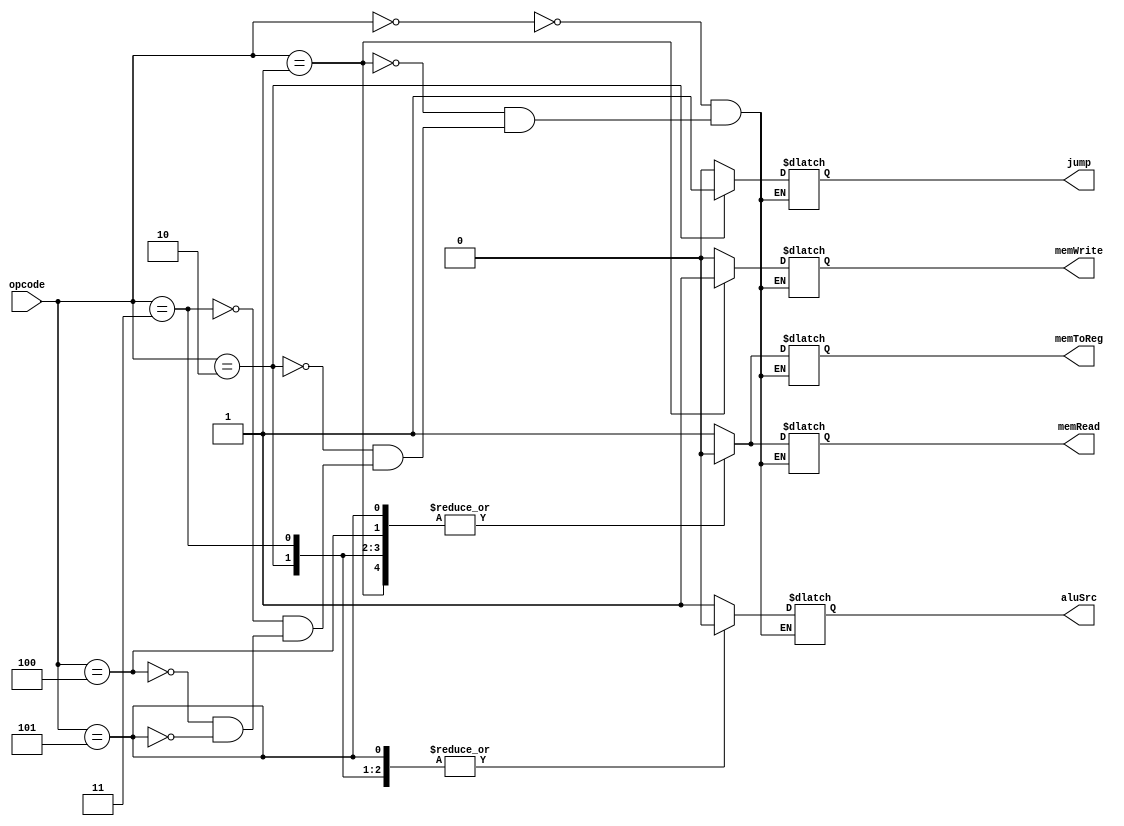
//////////////////////////////////////////////////////////////////////////////////
// Company: 
// Engineer: 
// 
// Design Name: 
// Module Name: control
// Project Name: 
// Target Devices: 
// Tool Versions: 
// Description: 
// 
// Dependencies: 
// 
// Revision:
// Revision 0.01 - File Created
// Additional Comments:
// 
//////////////////////////////////////////////////////////////////////////////////


module control(opcode, aluSrc, memToReg, memRead, memWrite, jump);
input [2:0] opcode;
output reg aluSrc;
output reg memToReg;
output reg memRead;
output reg memWrite;
output reg jump;
always@(*)
begin
case (opcode)
3'b000:
    begin
    aluSrc = 1;
    memToReg = 1; 
    memRead = 1;
    memWrite = 0; 
    jump = 0; 
    end
3'b001:
    begin
    aluSrc = 1;
    memToReg = 0; 
    memRead = 0;
    memWrite = 1; 
    jump = 0;
    end
3'b010:
    begin
    aluSrc = 0;
    memToReg = 0; 
    memRead = 0;
    memWrite = 0; 
    jump = 1;
    end
3'b011:
    begin

    aluSrc = 0;
    memToReg = 0; 
    memRead = 0;
    memWrite = 0; 
    jump = 0; 
    end
    
3'b100:
    begin
    aluSrc = 1;
    memToReg = 0; 
    memRead = 0;
    memWrite = 0; 
    jump = 0; 
    end
    
3'b101:
    begin
    aluSrc = 0;
    memToReg = 0; 
    memRead = 0;
    memWrite = 0; 
    jump = 0; 
    end
endcase
end

endmodule